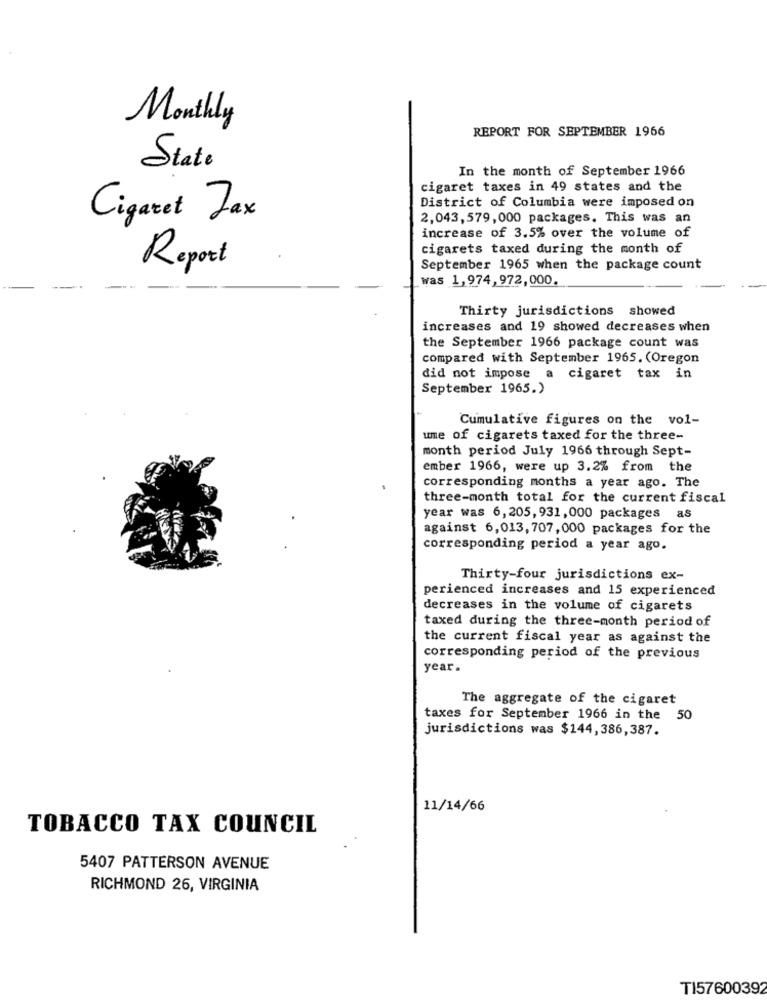
Monthly
REPORT FOR SEPTEMBER 1966
State
In the month of September 1966
cigaret taxes in 49 states and the
District of Columbia were imposed on
Cigaret Tax
2,043,579,000 packages. This was an
increase of 3.5% over the volume of
cigarets taxed during the month of
Report
September 1965 when the package count
was 1,974, 972,000.
Thirty jurisdictions showed
increases and 19 showed decreases when
the September 1966 package count was
compared with September 1965. (Oregon
did not impose a cigaret tax in
September 1965.)
Cumulative figures on the vol-
ume of cigarets taxed for the three-
month period July 1966 through Sept-
ember 1966, were up 3.2% from the
corresponding months a year ago. The
three-month total for the current fiscal
year was 6,205, 931, 000 packages as
against 6,013, 707, 000 packages for the
corresponding period a year ago.
Thirty-four jurisdictions ex-
perienced increases and 15 experienced
decreases in the volume of cigarets
taxed during the three-month period of
the current fiscal year as against the
corresponding period of the previous
year.
The aggregate of the cigaret
taxes for September 1966 in the 50
jurisdictions was $144,386,387.
11/14/66
TOBACCO TAX COUNCIL
5407 PATTERSON AVENUE
RICHMOND 26, VIRGINIA
TI57600392